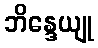
ဘိန္ဒေယျု